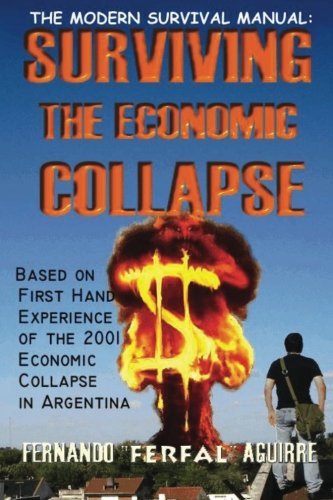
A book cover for The Modern Survival Manual: Surviving the Economic Collapse; Fernando "Ferfal" Aguirre; Politics & Social Sciences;